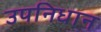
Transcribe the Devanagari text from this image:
उपनिधान